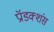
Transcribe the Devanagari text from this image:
प्रॉडक्शंस